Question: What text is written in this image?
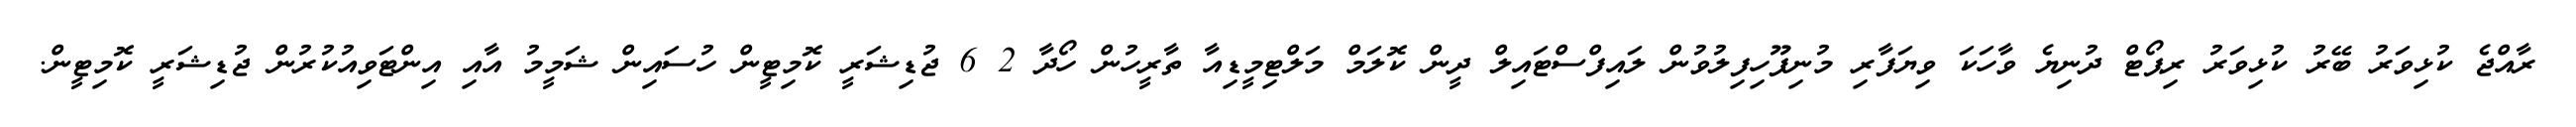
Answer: ރާއްޖެ ކުޅިވަރު ބޭރު ކުޅިވަރު ރިޕޯޓް ދުނިޔެ ވާހަކަ ވިޔަފާރި މުނިފޫހިފިލުވުން ލައިފްސްޓައިލް ދީން ކޮލަމް މަލްޓިމީޑިއާ ތާރީހުން ހޯދާ 2 6 ޖުޑިޝަރީ ކޮމިޓީން ހުސައިން ޝަމީމު އާއި އިންޓަވިއުކުރުން ޖުޑިޝަރީ ކޮމިޓީން.